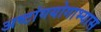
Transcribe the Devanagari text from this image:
अष्टांगयोगाभ्यास